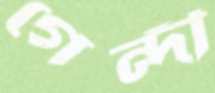
গেন্দী